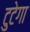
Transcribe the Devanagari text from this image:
टुटेगा